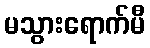
မသွားရောက်မီ